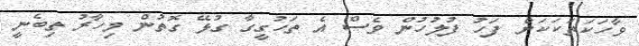
ވާހަކަތަކަކަށް ފަހު ފުލުހުން ވެސް އެ ތަހުގީގާ ގުޅޭ ގޮތުން މިހާރު ތިބެނީ